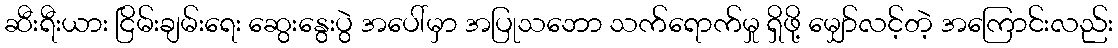
ဆီးရီးယား ငြိမ်းချမ်းရေး ဆွေးနွေးပွဲ အပေါ်မှာ အပြုသဘော သက်ရောက်မှု ရှိဖို့ မျှော်လင့်တဲ့ အကြောင်းလည်း